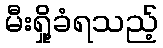
မီးရှို့ခံရသည့်